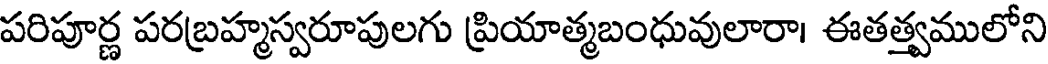
పరిపూర్ణ పరబ్రహ్మస్వరూపులగు ప్రియాత్మబంధువులారా। ఈతత్త్వములోని